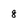
Character: 8